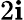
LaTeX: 2\mathbf{i}